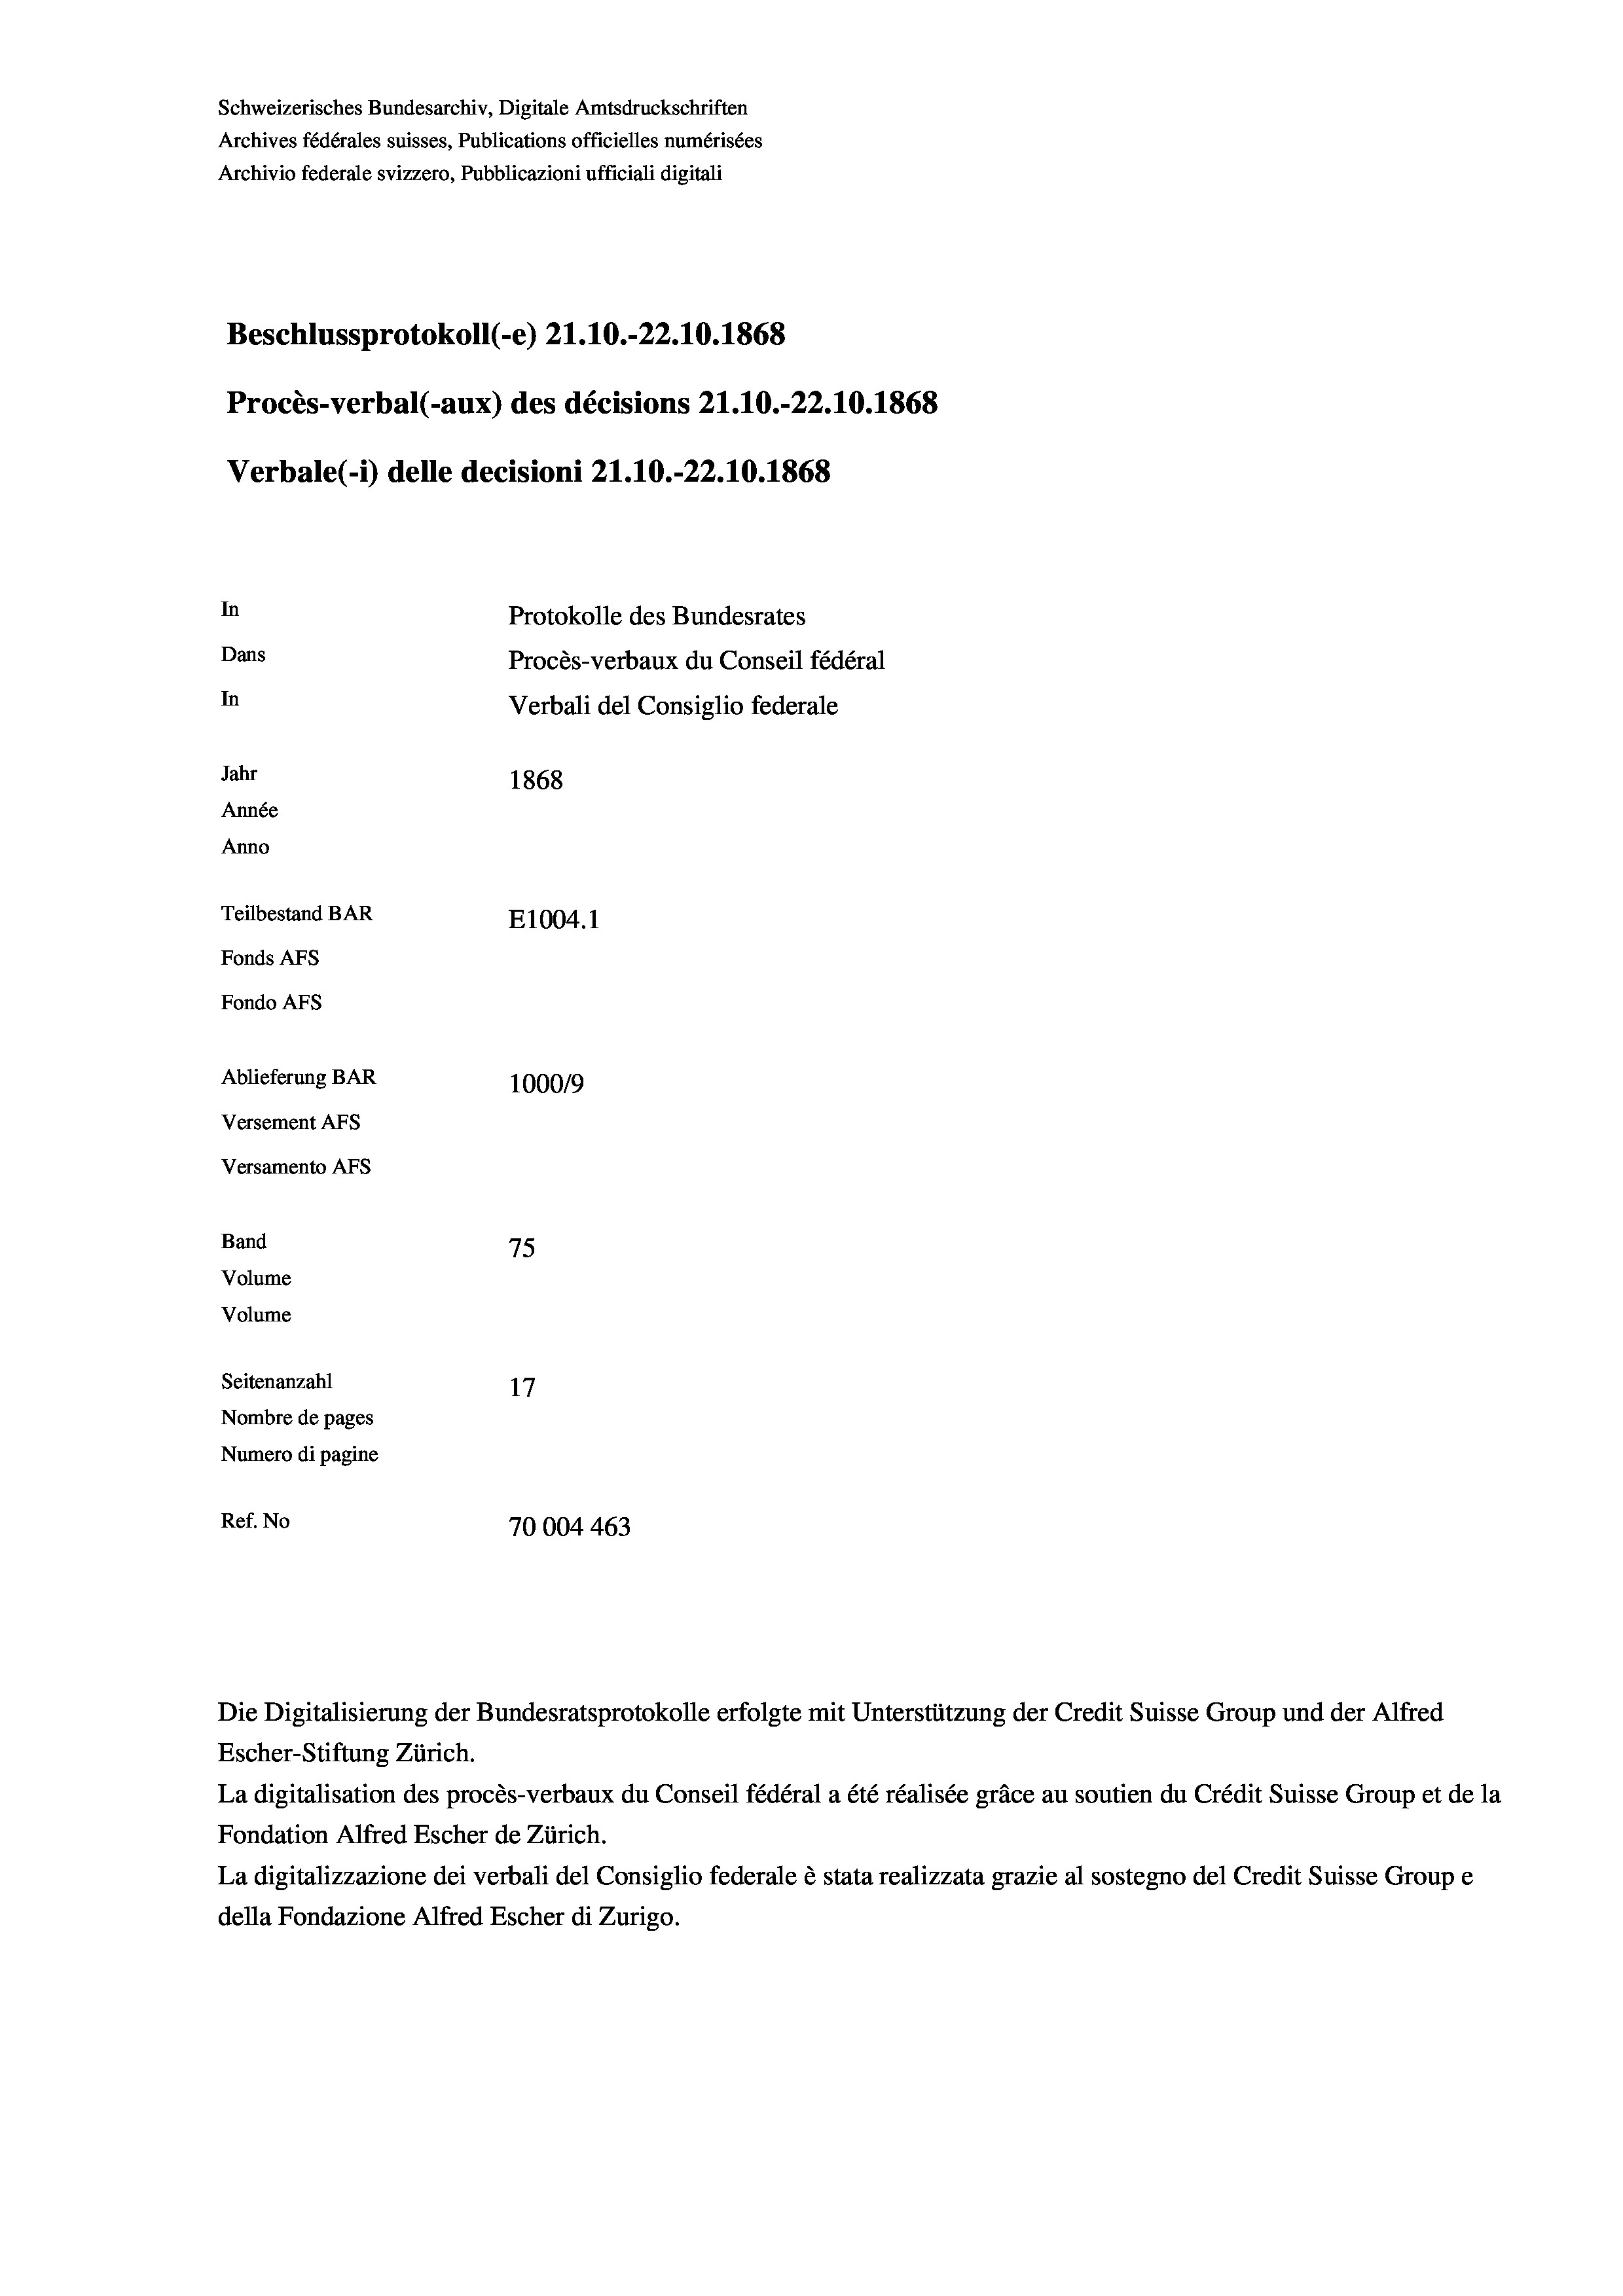
Schweizerisches Bundesarchiv, Digitale Amtsdruckschriften
Archives fédérales suisses, Publications officielles numérisées
Archivio federale svizzero, Pubblicazioni ufficiali digitali
Beschlussprotokoll (-e) 21.10.-22.10.1868
Procès-verbal (-aux) des décisions Z1.10.-22.10.1868
Verbale (i) delle decisioni 21.10.-22.10.1868
In
Protokolle des Bundesrates
Dans
Procès-verbaux du Conseil fédéral
In
Verbali del Consiglio federale
Jahr
1868
Année
Anno
Teilbestand BAR
E1004. 1
Fonds Afs
Fondo Afs
Ablieferung BAR
100019
Versement Ans
Versamento Afs
Band
75
Volume
Volume
Seitenanzahl
17
Nombre de pages
Numero di pagine
Ref. No
70004463

Die Digitalisierung der Bundesratsprotokolle erfolgte mit Unterstützung der Credit Suisse Group und der Alfred
Escher-Stiftung Zürich.
La digitalisation des procès-verbaux du Conseil fédéral a été réalisée gräce au soutien du Crédit Suisse Group et de la
Fondation Alfred Escher de Zürich.
La digitalizzazione dei verbali del Consiglio federale è stata realizzata grazie al sostegno del Credit Suisse Groupe
della Fondazione Alfred Escher di Zurigo.